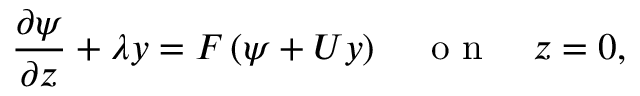
\frac { \partial \psi } { \partial z } + \lambda y = F \left( \psi + U y \right) \quad \textrm { o n } \quad z = 0 ,